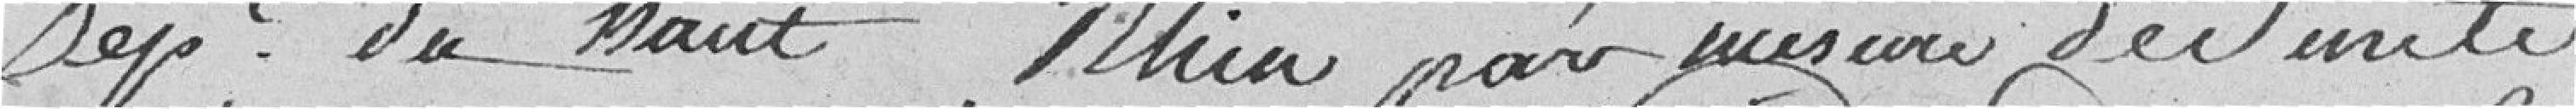
département du haut Rhin par mesure de sureté